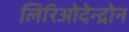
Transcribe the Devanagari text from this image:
लिरिओदेन्द्रोन